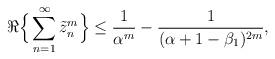
LaTeX: \begin{align*}\Re\Big\{ \sum_{n=1}^{\infty} \tilde{z}_n^m \Big\} \leq \frac{1}{\alpha^m} - \frac{1}{(\alpha+1-\beta_1)^{2m}}, \end{align*}